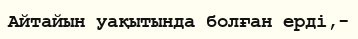
Айтайын уақытында болған ерді,-